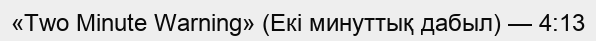
«Two Minute Warning» (Екі минуттық дабыл) — 4:13